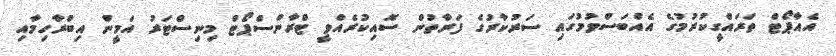
އެއާޕޯޓް ތަރައްގީކުރުމުގެ އެއްބަސްވުމުގައި ސަރުކާރުގެ ފަރާތުން ސޮއިކުރެއްވީ ޓްރާންސްޕޯޓް މިނިސްޓަރު އަމީން އިބްރާހިމާއި